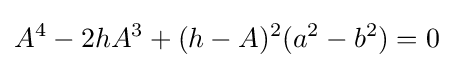
A^{4}-2hA^{3}+(h-A)^{2}(a^{2}-b^{2})=0